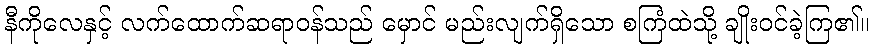
နီကိုလေနှင့် လက်ထောက်ဆရာဝန်သည် မှောင် မည်းလျက်ရှိသော စကြံထဲသို့ ချိုးဝင်ခဲ့ကြ၏။